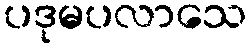
ပဒုမပလာသေ